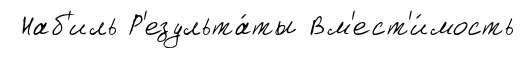
Наб'иль Р'езульта́ты Вм'ест'и́мость